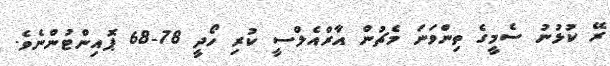
ރޭ ކުޅުނު ސެމީގެ ތިންވަނަ މެޗުން އާރްއެލްސީ ކުރި ހޯދީ 78-68 ޕޮއިންޓުންނެވެ.